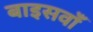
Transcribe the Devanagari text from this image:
बाइसवाँ